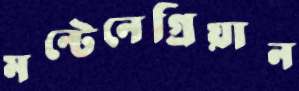
মন্টেনেগ্রিয়ান